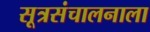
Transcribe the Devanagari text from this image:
सूत्रसंचालनाला